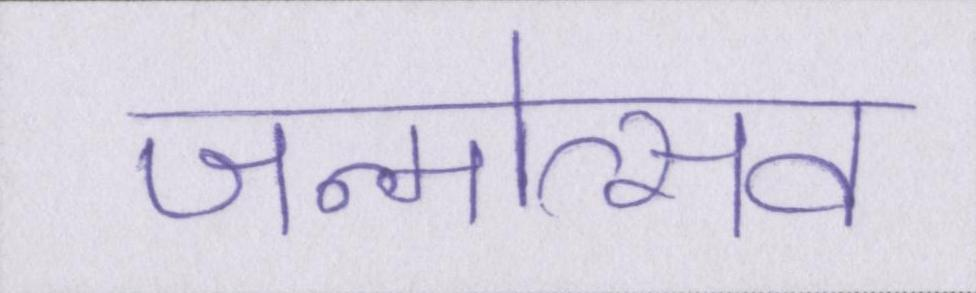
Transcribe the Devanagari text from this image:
जन्मोत्सव